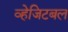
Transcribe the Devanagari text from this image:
व्हेजिटबल